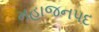
મહાજનપદ